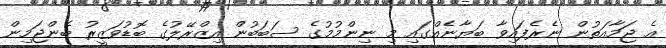
އެ ޖަމާއަތުން ނެރެފައިވާ ބަޔާނެއްގައި މި ނިންމުމުގެ ސަބަބުން އިޒްރޭލުގެ ބޮޑުވަޒީރު ބެންޖަމިން